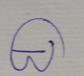
Signature authenticity: genuine